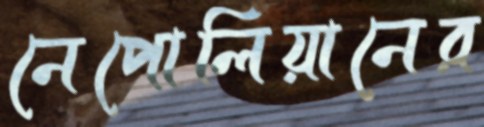
নেপোলিয়ানের